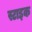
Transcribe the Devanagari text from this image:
स्टाइक